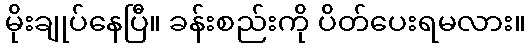
မိုးချုပ်နေပြီ။ ခန်းစည်းကို ပိတ်ပေးရမလား။